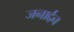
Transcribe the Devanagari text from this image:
जनार्द्दन